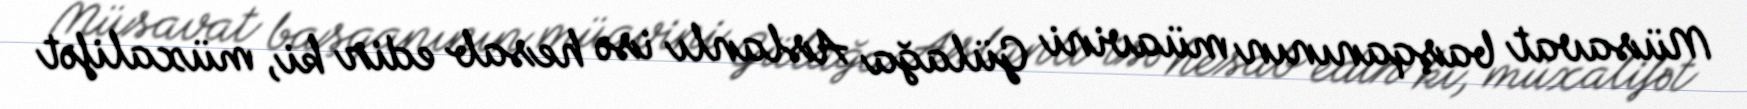
Müsavat başqanının müavini Gülağa Aslanlı isə hesab edir ki, müxalifət